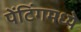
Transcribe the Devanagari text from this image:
पेंटिंगमध्ये